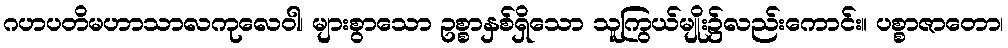
ဂဟပတိမဟာသာလကုလေဝါ၊ များစွာသော ဥစ္စာနှစ်ရှိသော သူကြွယ်မျိုး၌လည်းကောင်း။ ပစ္စာဇာတော၊